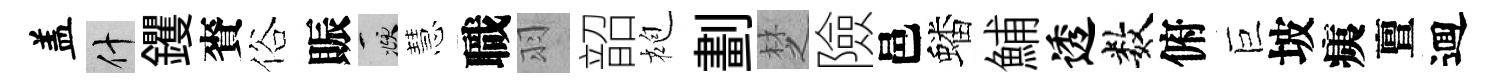
盖什钁賚俗賑頫慧職羽韶袍劃椘險邑蟠鯆透数俯巨坡痍亶逥